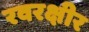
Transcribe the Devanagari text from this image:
रवरक्षीर